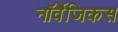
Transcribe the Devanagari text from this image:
नॉर्वेजिकस